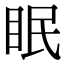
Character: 眠